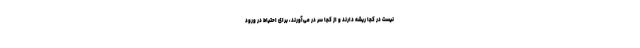
نیست در کجا ریشه دارند و از کجا سر در می‌آورند، برای احتیاط در ورود